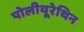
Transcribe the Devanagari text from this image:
पोलीयूरेथिन